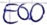
Text: E0.0